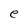
Character: e